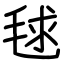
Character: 毬